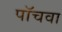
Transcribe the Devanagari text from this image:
पॉचवा